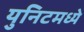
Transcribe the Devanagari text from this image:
युनिटमध्ये